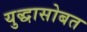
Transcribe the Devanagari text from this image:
युद्धासोबत